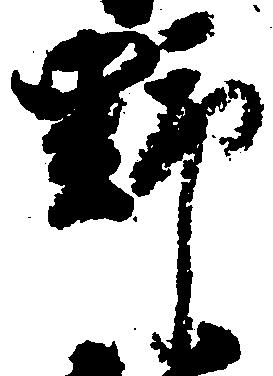
野